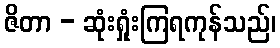
ဇိတာ - ဆုံးရှုံးကြရကုန်သည်၊